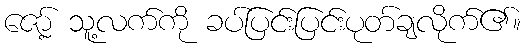
ဇော့် သူ့လက်ကို ခပ်ပြင်းပြင်းပုတ်ချလိုက်၏။